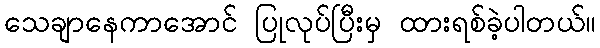
သေချာနေကာအောင် ပြုလုပ်ပြီးမှ ထားရစ်ခဲ့ပါတယ်။